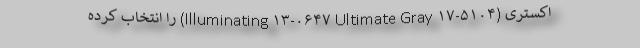
اکستری (Illuminating ۱۳-۰۶۴۷ Ultimate Gray ۱۷-۵۱۰۴) را انتخاب کرده